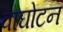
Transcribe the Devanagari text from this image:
वाघोटन